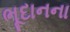
ભૂદાનના